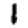
Digit: 1